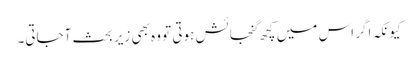
کیونکہ اگر اس میں کچھ گنجائش ہوتی تو وہ بھی زیر بحث آجاتی۔